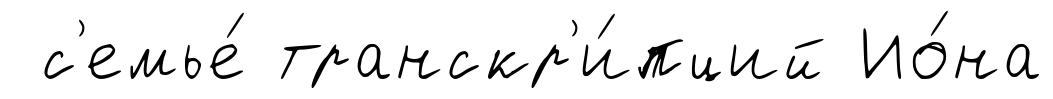
с'емье́ транскр'и́пций Ио́на